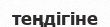
теңдігіне